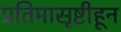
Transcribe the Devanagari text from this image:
प्रतिमासृष्टीहून